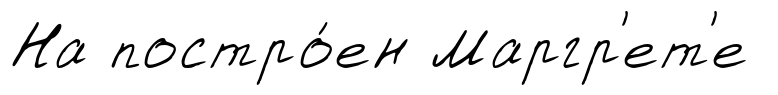
На постро́ен Маргр'ет'е